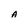
Character: A